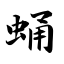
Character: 蛹